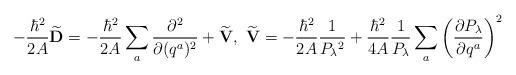
LaTeX: \begin{align*}- \frac{\hbar^{2}}{2A} \widetilde{\bf D}= - \frac{\hbar^{2}}{2A}\sum_{a}\frac{\partial^{2}}{\partial (q^{a})^{2}}+\widetilde{\mathbf{V}},\ \widetilde{\mathbf V}=-\frac{\hbar^{2}}{2A}\frac{1}{P_{\lambda}{}^{2}}+ \frac{\hbar^{2}}{4A}\frac{1}{P_{\lambda}}\sum_{a}\left(\frac{\partial P_{\lambda}}{\partial q^{a}}\right)^{2}\end{align*}